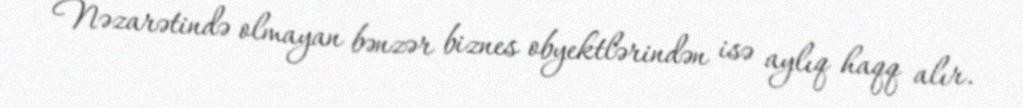
Nəzarətində olmayan bənzər biznes obyektlərindən isə aylıq haqq alır.